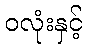
ဝလုံးနှင့်